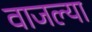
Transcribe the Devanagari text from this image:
वाजल्या